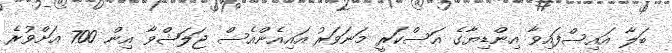
ބަލާ އައިސްފައިވާ އިންޑިޔާގެ އަސްކަރީ މަނަވަރު އައިއެންއެސް ޖަލަޝްވާ އިން 700 އަށްވުރެ